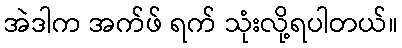
အဲဒါက အက်ဖ် ရက် သုံးလို့ရပါတယ်။